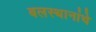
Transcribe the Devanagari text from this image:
बलस्थानांचे